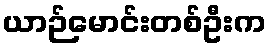
ယာဉ်မောင်းတစ်ဦးက